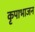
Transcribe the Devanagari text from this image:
कृपाभाजन